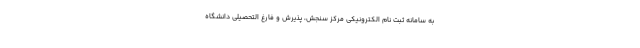
به سامانه ثبت نام الکترونیکی مرکز سنجش، پذیرش و فارغ التحصیلی دانشگاه